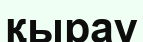
қырау